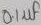
Text: 0.1uF